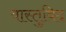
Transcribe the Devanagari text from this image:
वास्‍तुविद